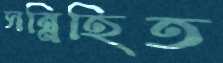
সন্নিহিত